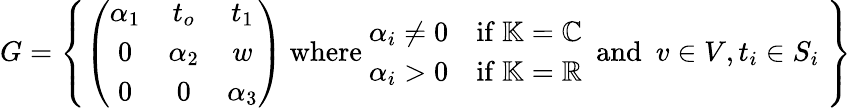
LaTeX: G=\left\{ \left(\begin{array}{ccc}{\alpha_{1}}&{t_{o}}&{t_{1}}\\ {0}&{\alpha_{2}}&{w}\\ {0}&{0}&{\alpha_{3}}\end{array}\right)\ \mathrm{where}\ \begin{array}{ll}{\alpha_{i}\neq 0}&{\mathrm{if}\ \mathbb{K}=\mathbb{C}}\\ {\alpha_{i}>0}&{\mathrm{if}\ \mathbb{K}=\mathbb{R}}\end{array}\ \ \mathrm{and}\ \ v\in V,t_{i}\in S_{i}\ \right\}